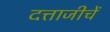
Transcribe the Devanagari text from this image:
दत्ताजीचें